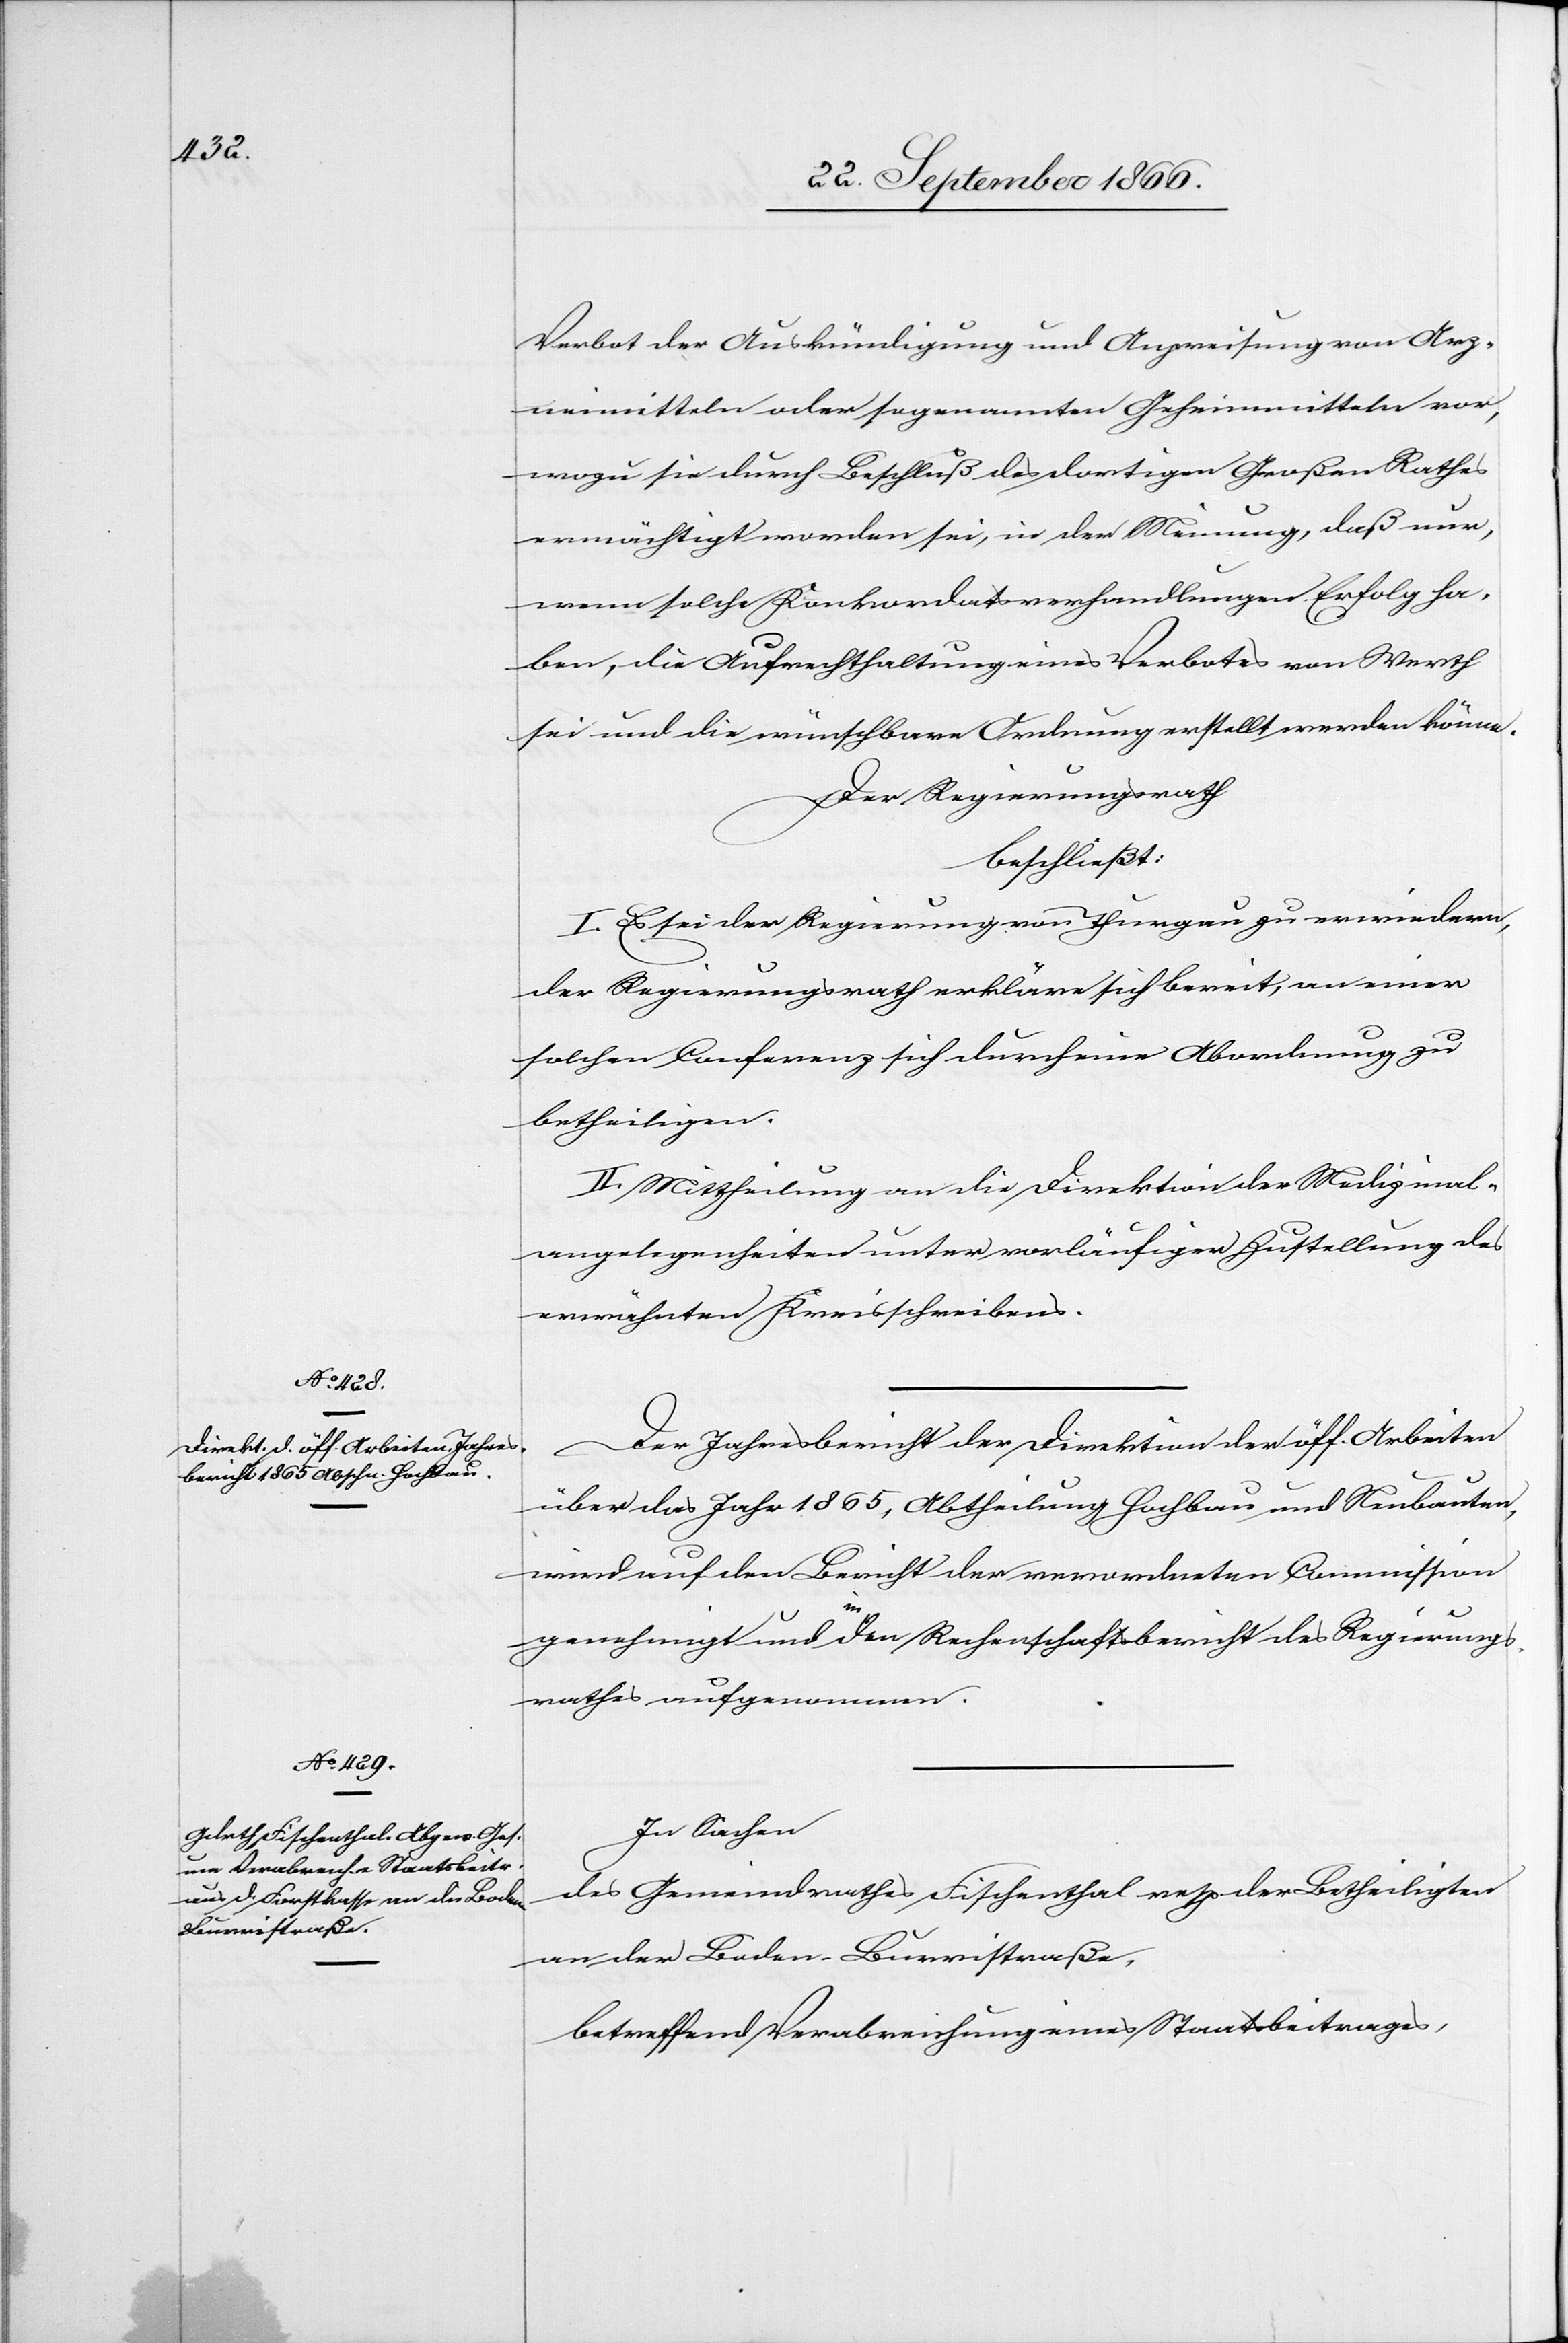
Verbot der Auskündigung und Anpreisung von Arz¬
neimitteln oder sogenannten Geheimmitteln vor,
wozu sie durch Beschluß des dortigen Großen Rathes
ermächtigt worden sei, in der Meinung, daß nur,
wenn solche Konkordatsverhandlungen Erfolg ha¬
ben, die Aufrechterhaltung eines Verbotes von Werth
sei und die wünschbare Ordnung erstellt werden könne.
Der Regierungsrath,
beschließt:
I. Es sei der Regierung von Thurgau zu erwiedern,
der Regierungsrath erkläre sich bereit, an einer
solchen Conferenz sich durch eine Abordnung zu
betheiligen.
II. Mittheilung an die Direktion der Medizinal¬
angelegenheiten unter vorläufiger Zustellung des
erwähnten Kreisschreibens.
Der Jahresbericht der Direktion der öff. Arbeiten
über das Jahr 1865, Abtheilung Hochbau und Neubauten,
wird auf den Bericht der verordneten Commission
genehmigt und in den Rechenschaftsbericht des Regierungs¬
rathes aufgenommen.
In Sachen
des Gemeindrathes Fischenthal resp. der Betheiligten
an der Baden-Burristraße,
betreffend Verabreichung eines Staatsbeitrages,